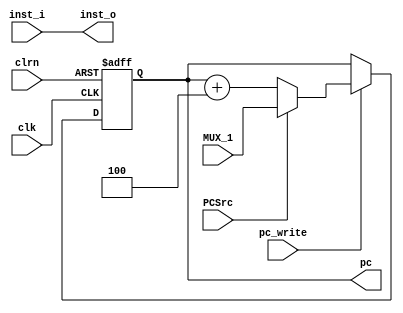
//
// RISC-V RV32I CPU IF 
//


module risc_v_32_if(clk,clrn,inst_i,MUX_1,PCSrc,pc_write,pc,inst_o);
	input         clk, clrn;                                 // clock and reset
    input  [31:0] inst_i;                                    // instruction
	input  [31:0] MUX_1;									 // addr for jump
	input 		  PCSrc;									 // MUX choose signal
	input		  pc_write;									 // write pc
    output [31:0] pc;                                        // program counter
	output [31:0] inst_o;                                    // instruction


	reg   [31:0]  next_pc;                                   // next pc
    wire  [31:0]  pc_plus_4 = pc + 4;                        // pc + 4

	always @ (*) begin
		if (PCSrc)	next_pc = MUX_1;
		else 		next_pc = pc_plus_4;
	end
	
	// pc
    reg  [31:0]    pc;
    always @ (posedge clk or negedge clrn) begin
        if (!clrn) 				pc <= 0;
        else if (pc_write)      pc <= next_pc;
    end
	
	assign inst_o = inst_i;
	
endmodule